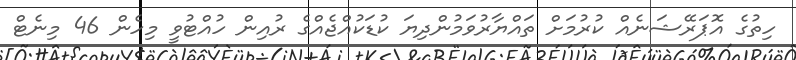
ހިތުގެ އޮޕަރޭޝަނެއް ކުރުމަށް ތައްޔާރުވަމުންދިޔަ ކުޑަކުއްޖެއްގެ ރުއިން ހުއްޓުވީ މިހެން 46 މިނެޓް